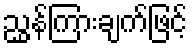
ညွှန်ကြားချက်ဖြင့်